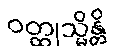
ဝတ္ထုသ္မိန္တိ